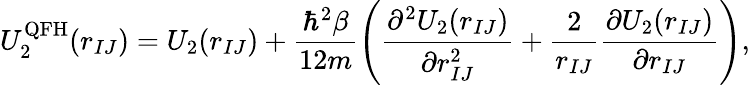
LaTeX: U_{2}^{\mathrm{QFH}}(r_{IJ})=U_{2}(r_{IJ})+\frac{\hbar^{2}\beta}{12m}\left(\frac{\partial^{2}U_{2}(r_{IJ})}{\partial r_{IJ}^{2}}+\frac{2}{r_{IJ}}\frac{\partial U_{2}(r_{IJ})}{\partial r_{IJ}}\right),